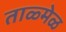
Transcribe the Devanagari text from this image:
ताळ्मेळ